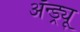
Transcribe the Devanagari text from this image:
अॅन्ड्र्यू